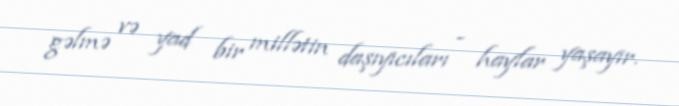
gəlmə və yad bir millətin daşıyıcıları - haylar yaşayır.